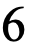
6